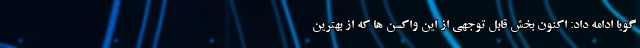
گویا ادامه داد: اکنون بخش قابل توجهی از این واکسن ها که از بهترین